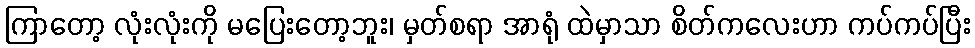
ကြာတော့ လုံးလုံးကို မပြေးတော့ဘူး၊ မှတ်စရာ အာရုံ ထဲမှာသာ စိတ်ကလေးဟာ ကပ်ကပ်ပြီး